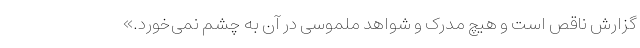
گزارش ناقص است و هیچ مدرک و شواهد ملموسی در آن به چشم نمی‌خورد.»